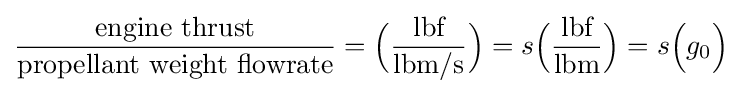
{\frac {\text{engine thrust}}{\text{propellant weight flowrate}}}={\Bigl (}{\frac {\text{lbf}}{\text{lbm/s}}}{\Bigr )}=s{\Bigl (}{\frac {\text{lbf}}{\text{lbm}}}{\Bigr )}=s{\Bigl (}g_{0}{\Bigr )}